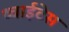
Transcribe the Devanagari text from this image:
थ्वाईटेस